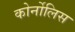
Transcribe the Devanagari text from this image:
कोर्नोलिस